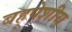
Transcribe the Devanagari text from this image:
बहूपेशीय